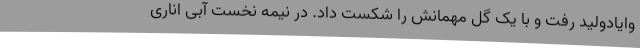
وایادولید رفت و با یک گل مهمانش را شکست داد. در نیمه نخست آبی اناری